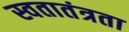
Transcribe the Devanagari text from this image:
स्वतातंत्रता